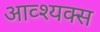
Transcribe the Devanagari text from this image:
आव्श्यक्स